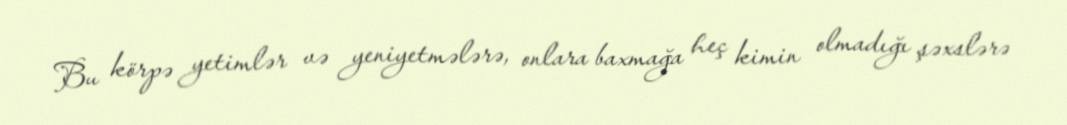
Bu körpə yetimlər və yeniyetmələrə, onlara baxmağa heç kimin olmadığı şəxslərə